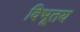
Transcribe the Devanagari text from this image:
विभूतय